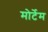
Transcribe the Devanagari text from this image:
मोर्टेम